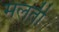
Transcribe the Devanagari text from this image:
मलती